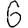
Digit: 6